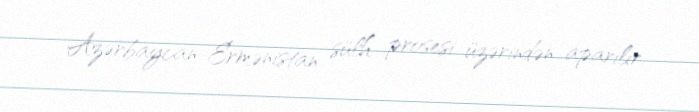
Azərbaycan-Ermənistan sülh prosesi üzərindən aparılır.